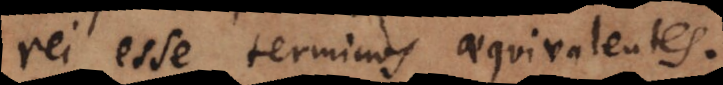
rei esse terminos aequivalentes.